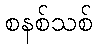
စနစ်သစ်